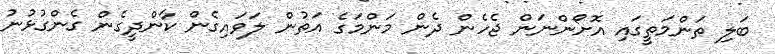
ބަލި ތަންމަތީގައި އޮށޯންނަން ޖެހެން ދެން މަންމަގެ އަތުން ލަވައިގެން ކާންދީގެން ގެންގުޅުނު